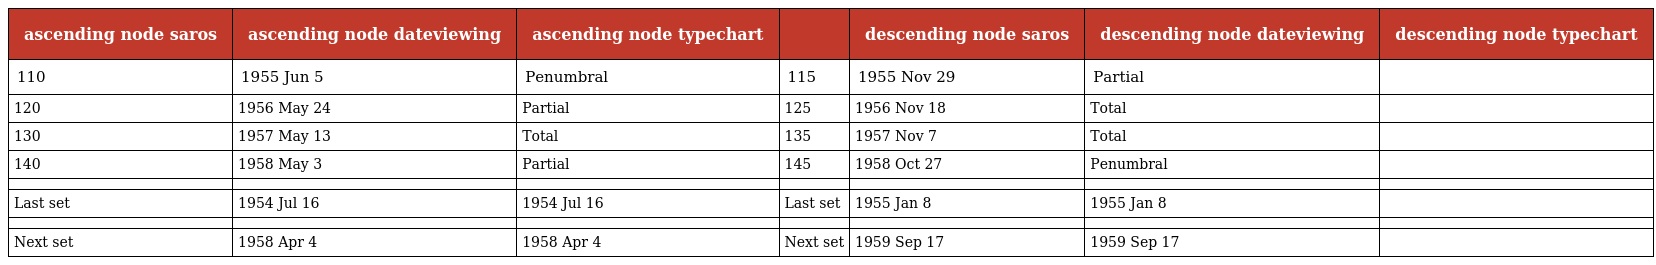
| ascending node saros | ascending node dateviewing | ascending node typechart |  | descending node saros | descending node dateviewing | descending node typechart |
 | --- | --- | --- | --- | --- | --- | --- |
 | 110 | 1955 Jun 5 | Penumbral | 115 | 1955 Nov 29 | Partial |  |
 | 120 | 1956 May 24 | Partial | 125 | 1956 Nov 18 | Total |  |
 | 130 | 1957 May 13 | Total | 135 | 1957 Nov 7 | Total |  |
 | 140 | 1958 May 3 | Partial | 145 | 1958 Oct 27 | Penumbral |  |
 |  |  |  |  |  |  |  |
 | Last set | 1954 Jul 16 | 1954 Jul 16 | Last set | 1955 Jan 8 | 1955 Jan 8 |  |
 |  |  |  |  |  |  |  |
 | Next set | 1958 Apr 4 | 1958 Apr 4 | Next set | 1959 Sep 17 | 1959 Sep 17 |  |